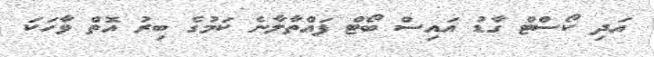
އަދި ކޯސްޓް ގާޑު އައިސް ބޯޓް ފައްތާލާނެ ކަމުގެ ބިރު އޮތް ވާހަކަ